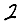
Digit: 2